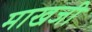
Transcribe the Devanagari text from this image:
माखजी